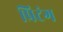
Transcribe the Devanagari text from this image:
प्रिटंग